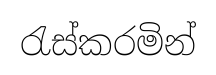
රැස්කරමින්